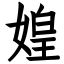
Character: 媓